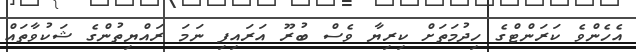
އެހެންވެ ކަރަންޓްގެ ހިދުމަތަށް ކިރިޔާ ވެސް ބުރޫ އަރައިފި ނަމަ ރައްޔިތުންގެ ޝަކުވާތައް